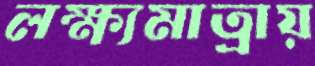
লক্ষ্যমাত্রায়